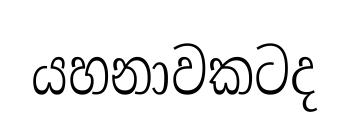
යහනාවකටද